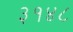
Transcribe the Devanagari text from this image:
३१४८